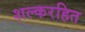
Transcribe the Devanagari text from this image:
शल्करहित